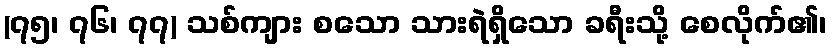
(၇၅၊ ၇၆၊ ၇၇) သစ်ကျား စသော သားရဲရှိသော ခရီးသို့ စေလိုက်၏၊